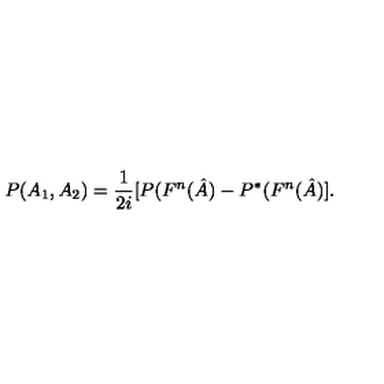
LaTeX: P ( A _ { 1 } , A _ { 2 } ) = \frac { 1 } { 2 i } [ P ( F ^ { n } ( \hat { A } ) - P ^ { \ast } ( F ^ { n } ( \hat { A } ) ] .